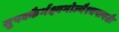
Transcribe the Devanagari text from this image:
सुपक्कैर्भक्ष्यभोज्यैश्चपायसैः